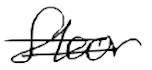
Text: floor
Cross-out: double-line
Writing tool: digital_black